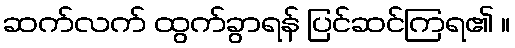
ဆက်လက် ထွက်ခွာရန် ပြင်ဆင်ကြရ၏ ။